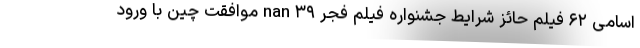
اسامی ۶۲ فیلم‌ حائز شرایط جشنواره فیلم فجر ۳۹ nan موافقت چین با ورود